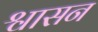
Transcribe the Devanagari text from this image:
श्वासन